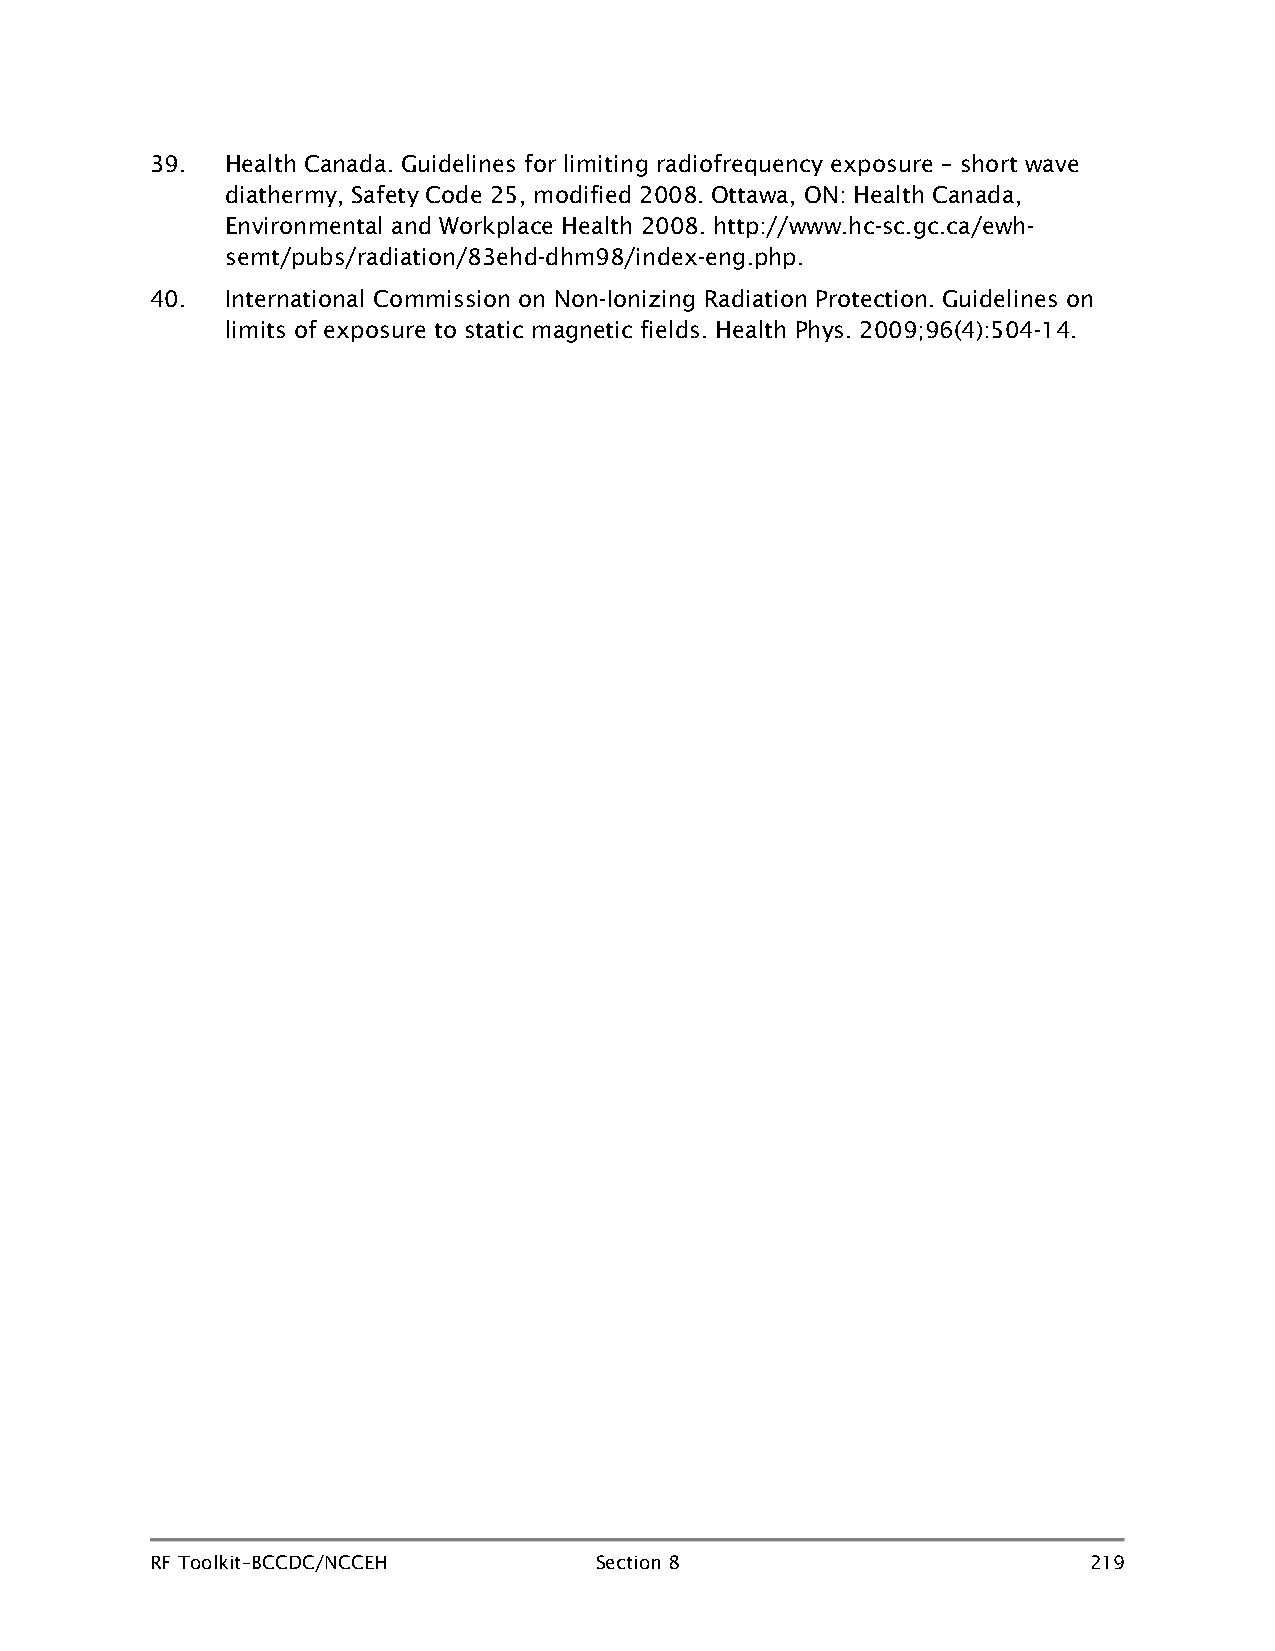
39.  Health Canada. Guidelines for limiting radiofrequency exposure – short wave
 diathermy, Safety Code 25, modified 2008. Ottawa, ON: Health Canada,
 Environmental and Workplace Health 2008. http://www.hc-sc.gc.ca/ewh-
 semt/pubs/radiation/83ehd-dhm98/index-eng.php.
 40.  International Commission on Non-Ionizing Radiation Protection. Guidelines on
 limits of exposure to static magnetic fields. Health Phys. 2009;96(4):504-14.
 RF Toolkit–BCCDC/NCCEH       Section 8                        219